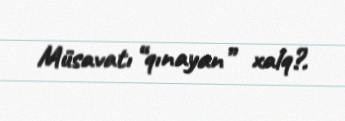
Müsavatı “qınayan” xalq?.